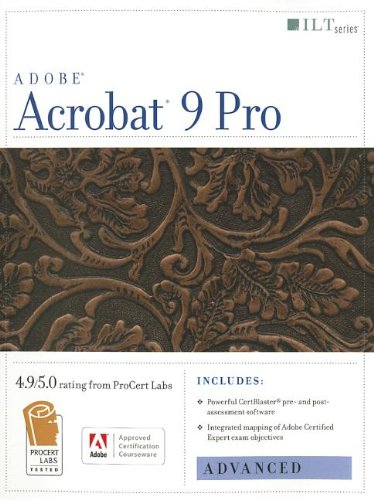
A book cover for Acrobat 9 Pro: Advanced, Ace Edition + Certblaster (ILT); Computers & Technology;